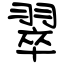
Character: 翠